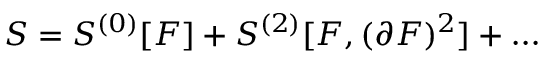
S = S ^ { ( 0 ) } [ F ] + S ^ { ( 2 ) } [ F , ( \partial F ) ^ { 2 } ] + \dots